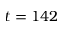
t = 1 4 2